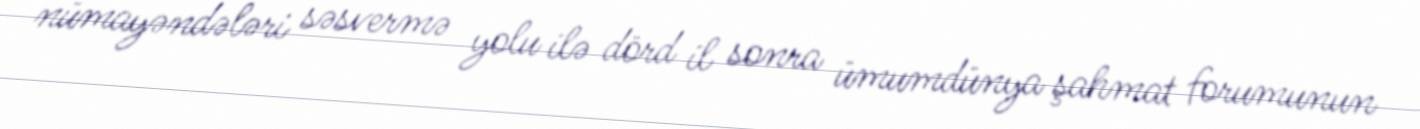
nümayəndələri səsvermə yolu ilə dörd il sonra ümumdünya şahmat forumunun